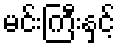
မင်းကြီးနှင့်